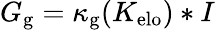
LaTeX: G_{\mathrm{g}}=\kappa_{\mathrm{g}}(K_{\mathrm{elo}})*I